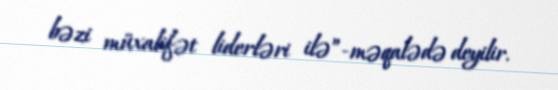
bəzi müxalifət liderləri ilə”-məqalədə deyilir.